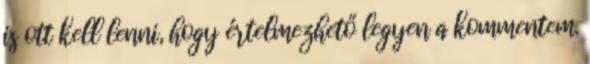
is ott kell lenni, hogy értelmezhető legyen a kommentem.